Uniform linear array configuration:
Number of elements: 16
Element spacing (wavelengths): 0.5
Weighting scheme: hann
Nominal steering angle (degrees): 0
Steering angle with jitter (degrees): -1.583
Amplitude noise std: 0.05
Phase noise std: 0.05

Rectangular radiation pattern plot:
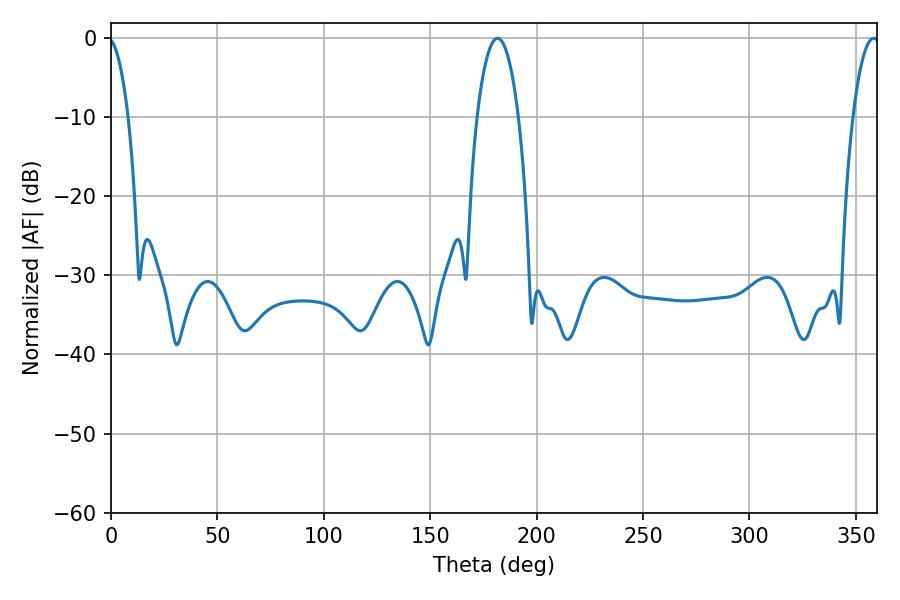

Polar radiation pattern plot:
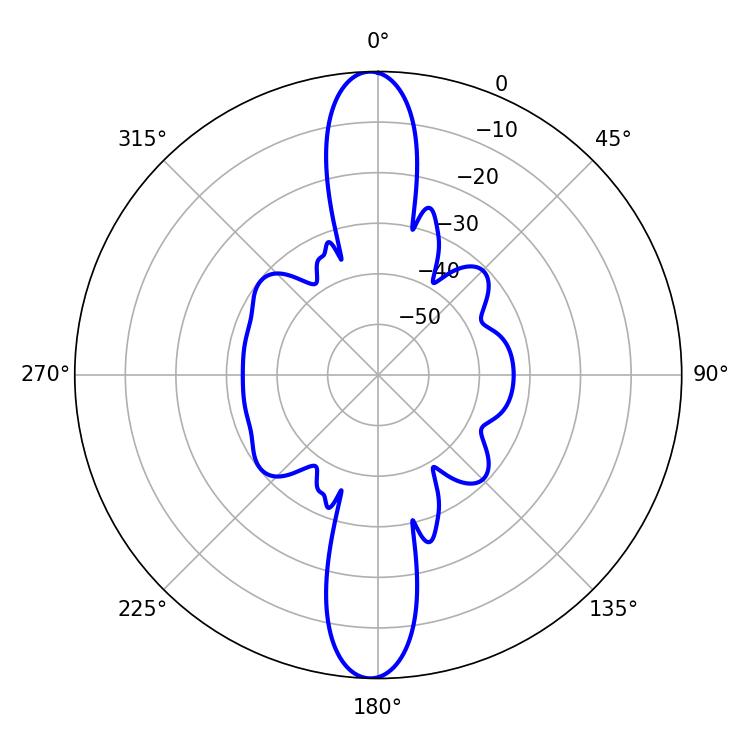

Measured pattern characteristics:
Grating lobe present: FALSE
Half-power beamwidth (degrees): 10.8
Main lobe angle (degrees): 181.62